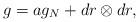
LaTeX: \begin{align*}g=ag_N+dr\otimes dr, \end{align*}